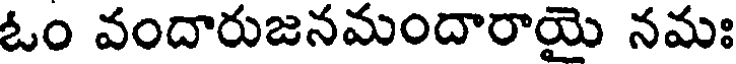
ఓం వందారుజనమందారాయై నమః